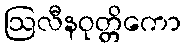
ဩလီနဝုတ္တိကော